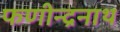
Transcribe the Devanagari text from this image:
फणीन्द्रनाथ